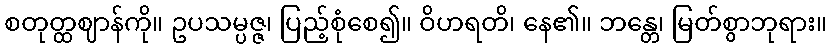
စတုတ္ထဈာန်ကို။ ဥပသမ္ပဇ္ဇ၊ ပြည့်စုံစေ၍။ ဝိဟရတိ၊ နေ၏။ ဘန္တေ၊ မြတ်စွာဘုရား။